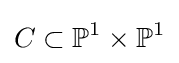
C\subset \mathbb {P} ^{1}\times \mathbb {P} ^{1}